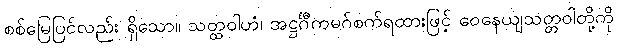
စစ်မြေပြင်လည်း ရှိသော။ သတ္ထဝါဟံ၊ အဋ္ဌင်္ဂီကမဂ်စက်ရထားဖြင့် ဝေနေယျသတ္တဝါတို့ကို